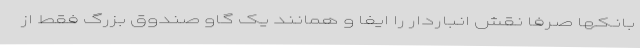
بانکها صرفا نقش انباردار را ایفا و همانند یک گاو صندوق بزرگ فقط از